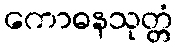
ကောဓနသုတ္တံ